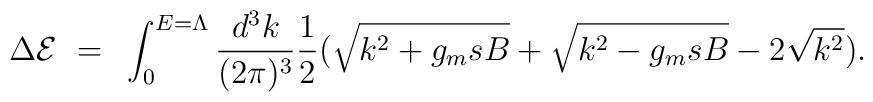
\Delta {\cal E} ~=~ \int^{E=\Lambda}_0{d^3k\over (2\pi)^3} {1\over 2} (\sqrt {k^2 + g_m s B} + \sqrt{k^2 -g_msB} - 2 \sqrt {k^2}).